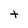
Character: t